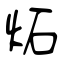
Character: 炻